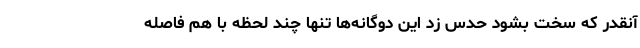
آنقدر که سخت بشود حدس زد این دوگانه‌ها تنها چند لحظه با هم فاصله